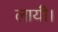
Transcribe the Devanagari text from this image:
लायी।